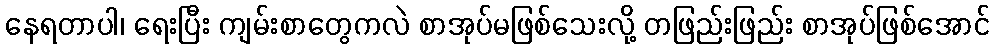
နေရတာပါ၊ ရေးပြီး ကျမ်းစာတွေကလဲ စာအုပ်မဖြစ်သေးလို့ တဖြည်းဖြည်း စာအုပ်ဖြစ်အောင်